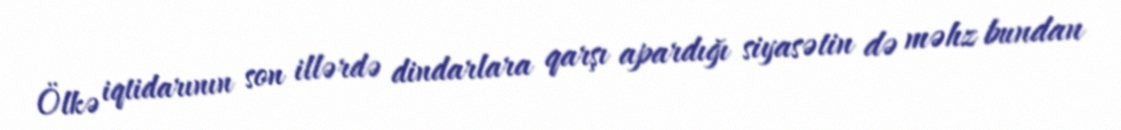
Ölkə iqtidarının son illərdə dindarlara qarşı apardığı siyasətin də məhz bundan